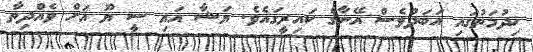
ޚިދުމަތުގައި އަބަދުވެސް އޭނާގެ ކައިރީގައެވެ. ޔަޝާ އައި ސީ ޔޫ އަށް ވެއްދިތާ